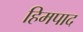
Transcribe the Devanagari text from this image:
हिमपाद